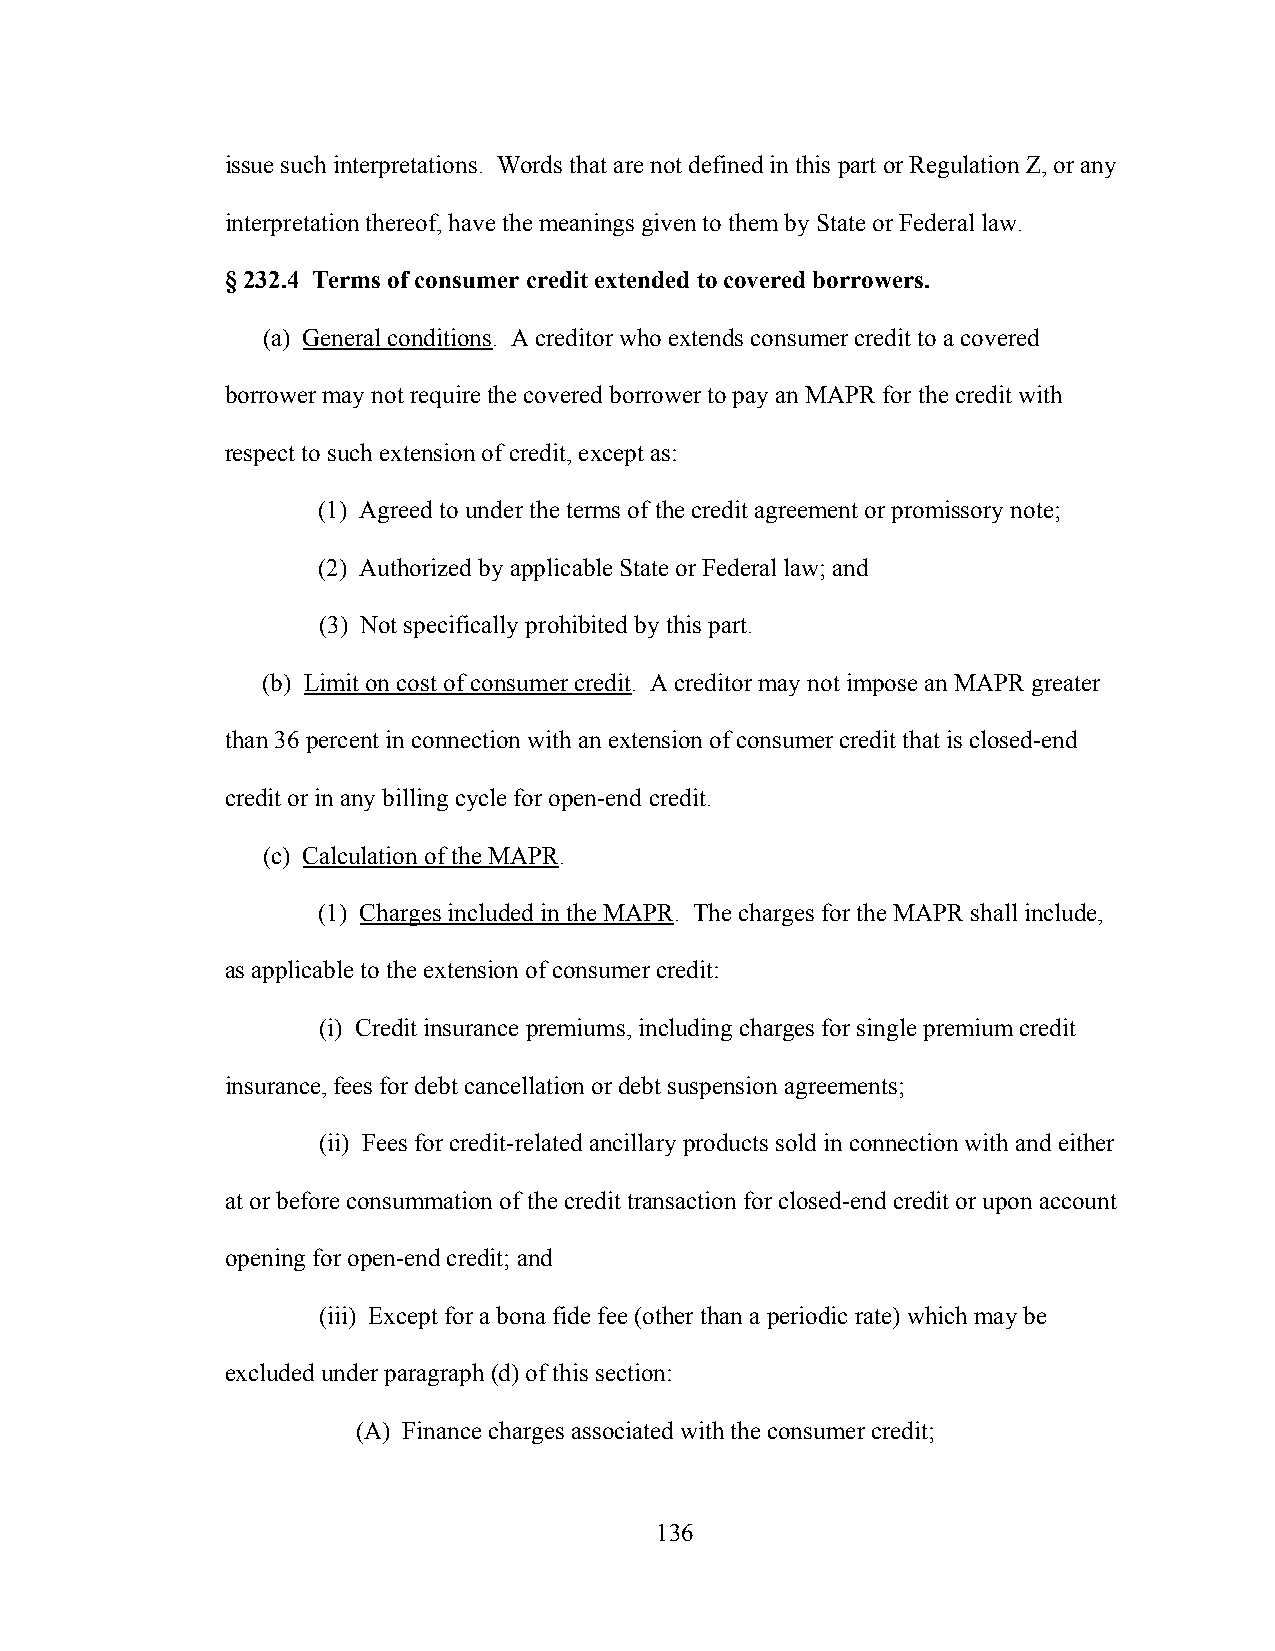
issue such interpretations. Words that are not defined in this part or Regulation Z, or any
 interpretation thereof, have the meanings given to them by State or Federal law.
 § 232.4 Terms of consumer credit extended to covered borrowers.
 (a) General conditions. A creditor who extends consumer credit to a covered
 borrower may not require the covered borrower to pay an MAPR for the credit with
 respect to such extension of credit, except as:
 (1) Agreed to under the terms of the credit agreement or promissory note;
 (2) Authorized by applicable State or Federal law; and
 (3) Not specifically prohibited by this part.
 (b) Limit on cost of consumer credit. A creditor may not impose an MAPR greater
 than 36 percent in connection with an extension of consumer credit that is closed-end
 credit or in any billing cycle for open-end credit.
 (c) Calculation of the MAPR.
 (1) Charges included in the MAPR. The charges for the MAPR shall include,
 as applicable to the extension of consumer credit:
 (i) Credit insurance premiums, including charges for single premium credit
 insurance, fees for debt cancellation or debt suspension agreements;
 (ii) Fees for credit-related ancillary products sold in connection with and either
 at or before consummation of the credit transaction for closed-end credit or upon account
 opening for open-end credit; and
 (iii) Except for a bona fide fee (other than a periodic rate) which may be
 excluded under paragraph (d) of this section:
 (A) Finance charges associated with the consumer credit;
 136